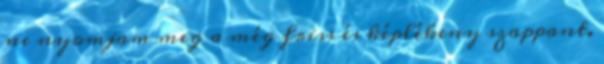
ne nyomjam meg a még friss és képlékeny szappant.